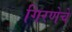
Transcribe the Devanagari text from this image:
गिरणेचे